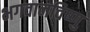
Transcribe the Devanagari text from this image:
भगवानविष्णु